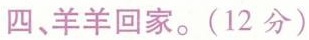
四、羊羊回家。(12分)